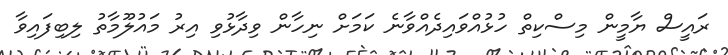
ރައީސް ޔާމީން މިސްކިތް ހުޅުއްވައިދެއްވާނެ ކަމަށް ނިހާން ވިދާޅުވި އިރު މައުލޫމާތު ލިބިފައިވާ